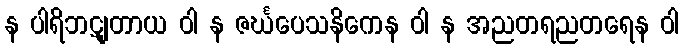
န ပါရိဘဋျတာယ ဝါ န ဇင်္ဃပေသနိကေန ဝါ န အညတရညတရေန ဝါ